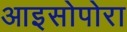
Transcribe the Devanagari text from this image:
आइसोपोरा